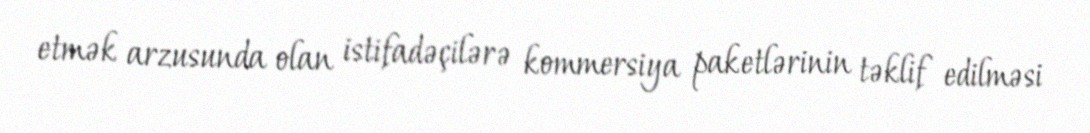
etmək arzusunda olan istifadəçilərə kommersiya paketlərinin təklif edilməsi